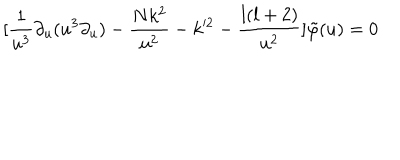
[ \frac { 1 } { u ^ { 3 } } \partial _ { u } ( u ^ { 3 } \partial _ { u } ) - \frac { N k ^ { 2 } } { u ^ { 2 } } - k ^ { 2 } - \frac { l ( l + 2 ) } { u ^ { 2 } } ] \tilde { \varphi } ( u ) = 0